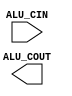
module ALUcontrol(ALU_CIN, ALU_COUT);

input [3:0] ALU_CIN;

wire fun3;
wire fun7;
output ALU_COUT;

assign fun3 = ALU_CIN[2:0];
assign fun7 = ALU_CIN[3];

always @(*) begin
    fun3 = ALU_CIN[2:0];
    fun7 = ALU_CIN[3];
    case(fun3)
    3'b000: $display("ADD");


    endcase

    
end

endmodule